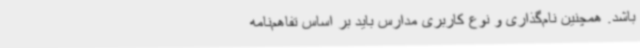
باشد. همچنین نام‌گذاری و نوع کاربری مدارس باید بر اساس تفاهم‌نامه